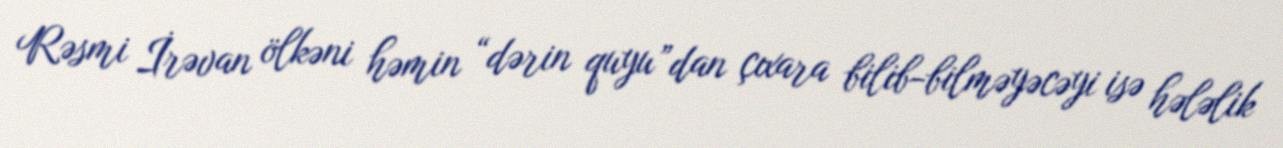
Rəsmi İrəvan ölkəni həmin “dərin quyu”dan çıxara bilib-bilməyəcəyi isə hələlik